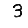
Digit: 3